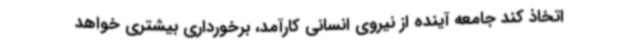
اتخاذ کند جامعه آینده از نیروی انسانی کارآمد، برخورداری بیشتری خواهد